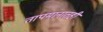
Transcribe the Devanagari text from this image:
तापमानातही